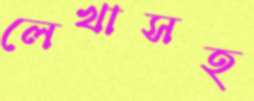
লেখাসহ